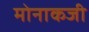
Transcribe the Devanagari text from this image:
मोनाकजी